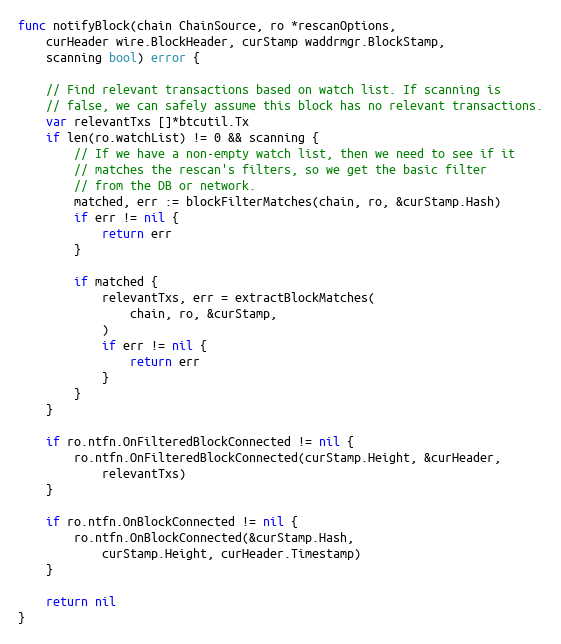
Language: Go
func notifyBlock(chain ChainSource, ro *rescanOptions,
	curHeader wire.BlockHeader, curStamp waddrmgr.BlockStamp,
	scanning bool) error {

	// Find relevant transactions based on watch list. If scanning is
	// false, we can safely assume this block has no relevant transactions.
	var relevantTxs []*btcutil.Tx
	if len(ro.watchList) != 0 && scanning {
		// If we have a non-empty watch list, then we need to see if it
		// matches the rescan's filters, so we get the basic filter
		// from the DB or network.
		matched, err := blockFilterMatches(chain, ro, &curStamp.Hash)
		if err != nil {
			return err
		}

		if matched {
			relevantTxs, err = extractBlockMatches(
				chain, ro, &curStamp,
			)
			if err != nil {
				return err
			}
		}
	}

	if ro.ntfn.OnFilteredBlockConnected != nil {
		ro.ntfn.OnFilteredBlockConnected(curStamp.Height, &curHeader,
			relevantTxs)
	}

	if ro.ntfn.OnBlockConnected != nil {
		ro.ntfn.OnBlockConnected(&curStamp.Hash,
			curStamp.Height, curHeader.Timestamp)
	}

	return nil
}